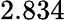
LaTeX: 2.834